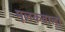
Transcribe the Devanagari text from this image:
मूलकवाला